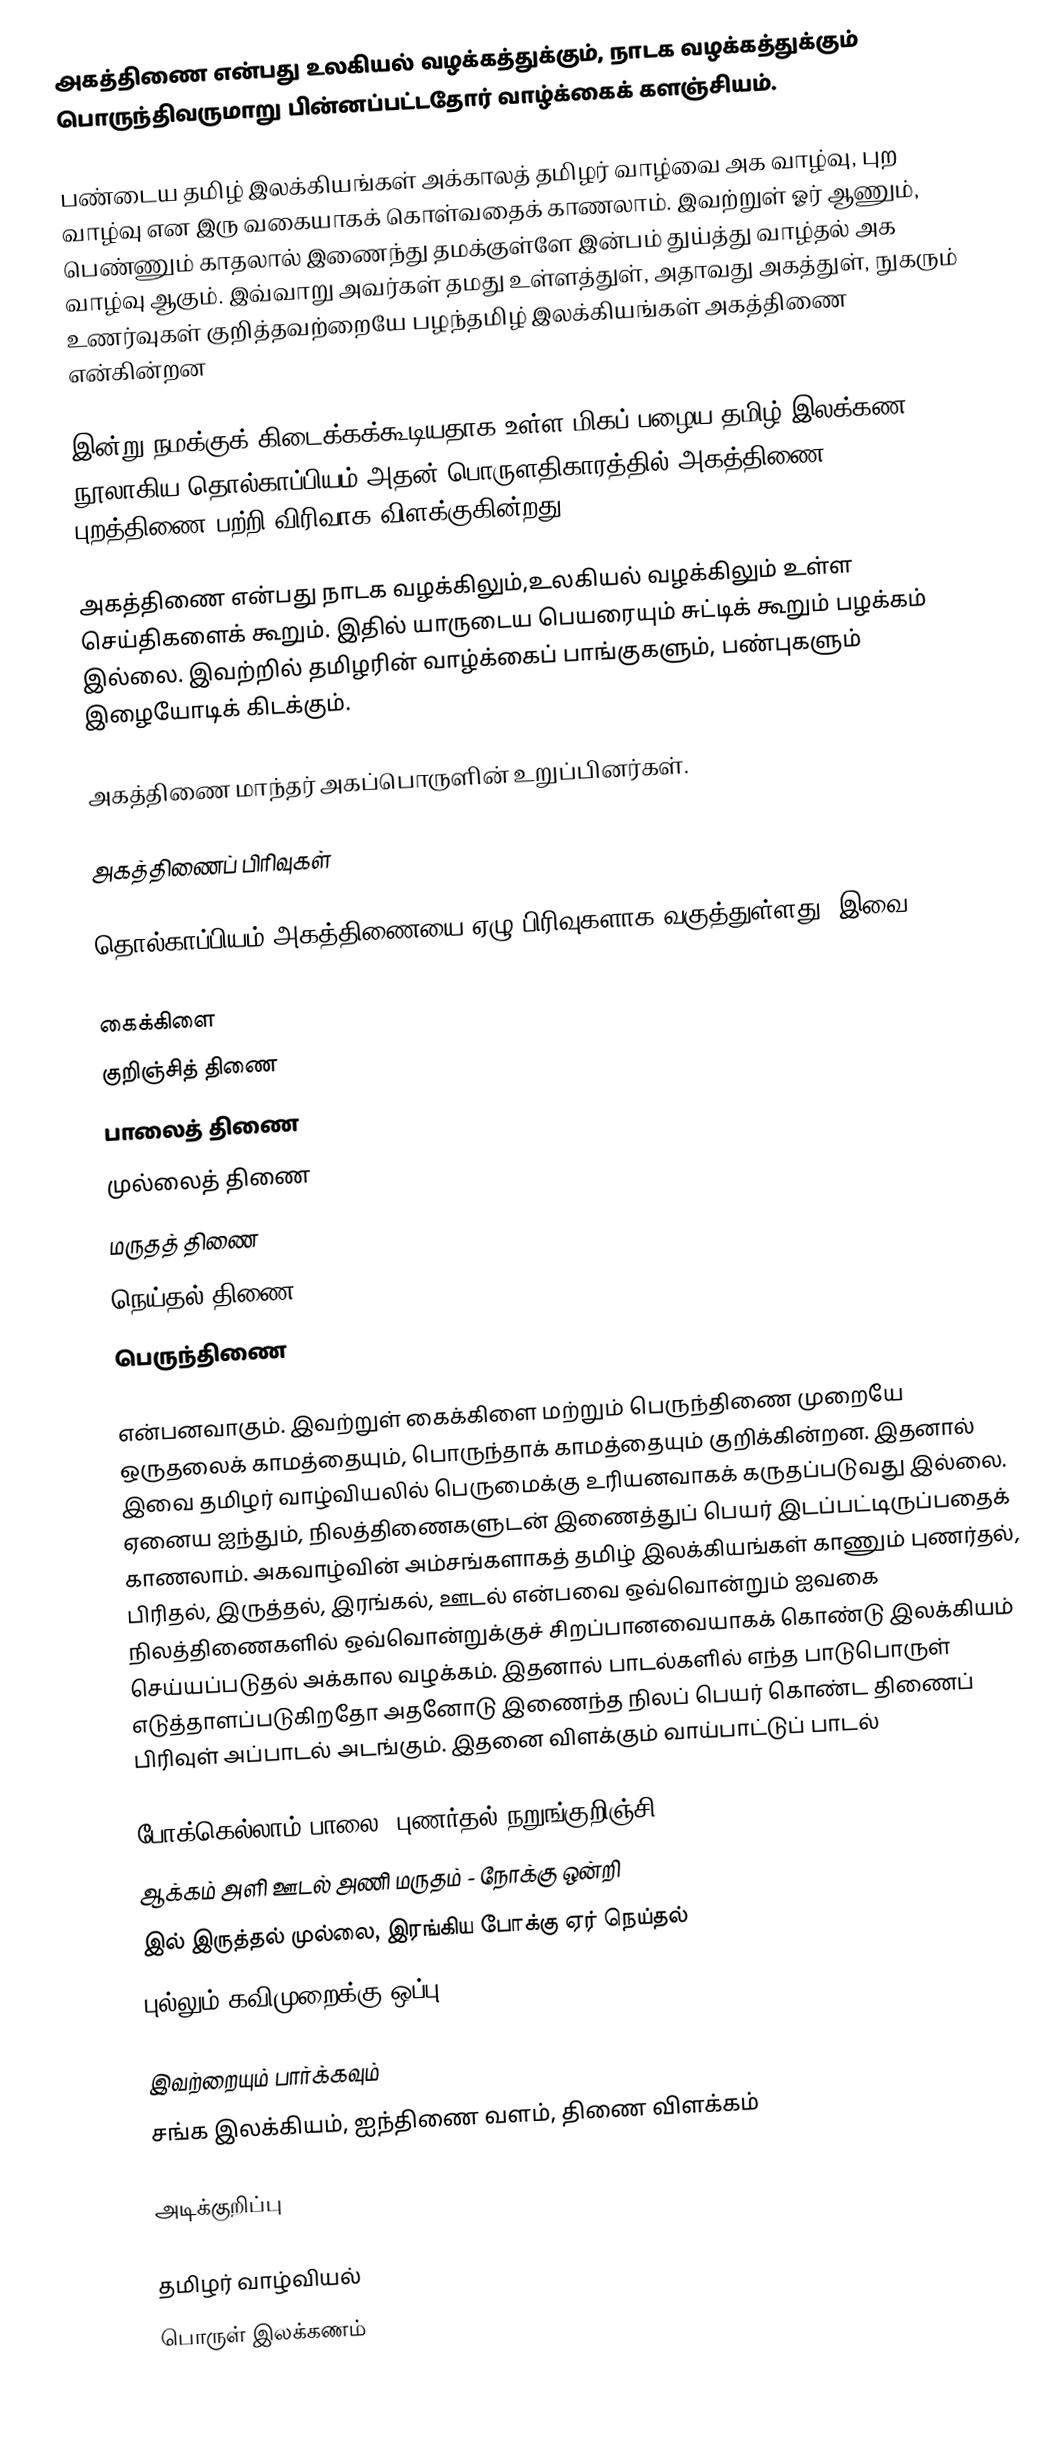
அகத்திணை என்பது உலகியல் வழக்கத்துக்கும், நாடக வழக்கத்துக்கும் பொருந்திவருமாறு பின்னப்பட்டதோர் வாழ்க்கைக் களஞ்சியம்.

பண்டைய தமிழ் இலக்கியங்கள் அக்காலத் தமிழர் வாழ்வை அக வாழ்வு, புற வாழ்வு என இரு வகையாகக் கொள்வதைக் காணலாம். இவற்றுள் ஓர் ஆணும், பெண்ணும் காதலால் இணைந்து தமக்குள்ளே இன்பம் துய்த்து வாழ்தல் அக வாழ்வு ஆகும். இவ்வாறு அவர்கள் தமது உள்ளத்துள், அதாவது அகத்துள், நுகரும் உணர்வுகள் குறித்தவற்றையே பழந்தமிழ் இலக்கியங்கள் அகத்திணை என்கின்றன

இன்று நமக்குக் கிடைக்கக்கூடியதாக உள்ள மிகப் பழைய தமிழ் இலக்கண நூலாகிய தொல்காப்பியம் அதன் பொருளதிகாரத்தில் அகத்திணை, புறத்திணை பற்றி விரிவாக விளக்குகின்றது.

அகத்திணை என்பது நாடக வழக்கிலும்,உலகியல் வழக்கிலும் உள்ள செய்திகளைக் கூறும்.  இதில் யாருடைய பெயரையும் சுட்டிக் கூறும் பழக்கம் இல்லை.  இவற்றில் தமிழரின் வாழ்க்கைப் பாங்குகளும், பண்புகளும் இழையோடிக் கிடக்கும்.

அகத்திணை மாந்தர் அகப்பொருளின் உறுப்பினர்கள்.

அகத்திணைப் பிரிவுகள்

தொல்காப்பியம் அகத்திணையை ஏழு பிரிவுகளாக வகுத்துள்ளது. இவை,

 கைக்கிளை
 குறிஞ்சித் திணை
 பாலைத் திணை
 முல்லைத் திணை
 மருதத் திணை
 நெய்தல் திணை
 பெருந்திணை

என்பனவாகும். இவற்றுள் கைக்கிளை மற்றும் பெருந்திணை முறையே ஒருதலைக் காமத்தையும், பொருந்தாக் காமத்தையும் குறிக்கின்றன. இதனால் இவை தமிழர் வாழ்வியலில் பெருமைக்கு உரியனவாகக் கருதப்படுவது இல்லை. ஏனைய ஐந்தும், நிலத்திணைகளுடன் இணைத்துப் பெயர் இடப்பட்டிருப்பதைக் காணலாம். அகவாழ்வின் அம்சங்களாகத் தமிழ் இலக்கியங்கள் காணும் புணர்தல், பிரிதல், இருத்தல், இரங்கல், ஊடல் என்பவை ஒவ்வொன்றும் ஐவகை நிலத்திணைகளில் ஒவ்வொன்றுக்குச் சிறப்பானவையாகக் கொண்டு இலக்கியம் செய்யப்படுதல் அக்கால வழக்கம். இதனால் பாடல்களில் எந்த பாடுபொருள் எடுத்தாளப்படுகிறதோ அதனோடு இணைந்த நிலப் பெயர் கொண்ட திணைப் பிரிவுள் அப்பாடல் அடங்கும். இதனை விளக்கும் வாய்பாட்டுப் பாடல்

போக்கெல்லாம் பாலை, புணர்தல் நறுங்குறிஞ்சி
ஆக்கம் அளி ஊடல் அணி மருதம் - நோக்கு ஒன்றி
இல் இருத்தல் முல்லை, இரங்கிய போக்கு ஏர் நெய்தல்
புல்லும் கவிமுறைக்கு ஒப்பு

இவற்றையும் பார்க்கவும்
 சங்க இலக்கியம், ஐந்திணை வளம், திணை விளக்கம்

அடிக்குறிப்பு

தமிழர் வாழ்வியல்
பொருள் இலக்கணம்